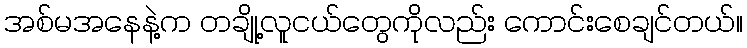
အစ်မအနေနဲ့က တချို့လူငယ်တွေကိုလည်း ကောင်းစေချင်တယ်။